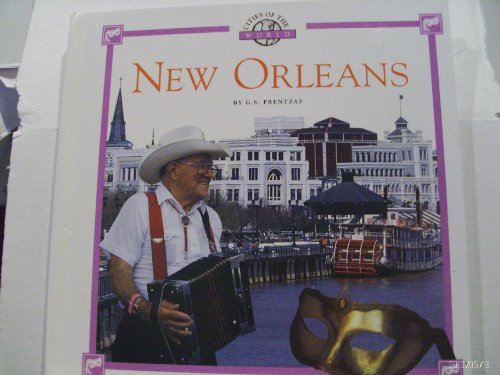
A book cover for New Orleans (Cities of the World (Childrens Press Hardcover)); G. S. Prentzas; Teen & Young Adult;